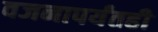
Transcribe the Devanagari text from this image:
वजनापर्यंतही